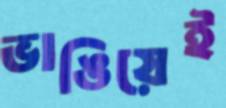
ভাঙিয়েই